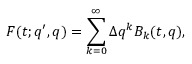
F ( t ; q ^ { \prime } , q ) = \sum _ { k = 0 } ^ { \infty } \Delta q ^ { k } B _ { k } ( t , q ) ,